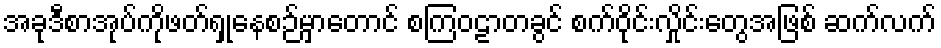
အခုဒီစာအုပ်ကိုဖတ်ရှုနေစဉ်မှာတောင် စကြဝဠာတခွင် စက်ဝိုင်းလှိုင်းတွေအဖြစ် ဆက်လက်